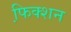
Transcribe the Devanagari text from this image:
फि़क्शन